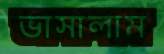
ভাসালাম